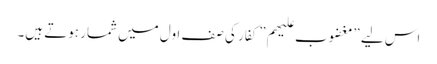
اس لیے ”مغضوب علیھم” کفار کی صفِ اول میں شمار ہوتے ہیں۔